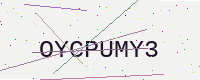
Text: OYCPUMY3